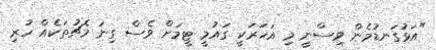
"އަޅުގަނޑުމެން ވިސްނީ މި އަހަރަކީ ގައުމީ ޓީމަށް ވެސް ގިނަ މެޗުތަކެއް ހުރި